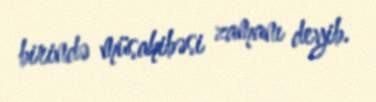
birində müsahibəsi zamanı deyib.